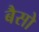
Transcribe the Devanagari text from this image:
बैसो